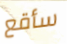
سأقع